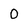
Character: 0